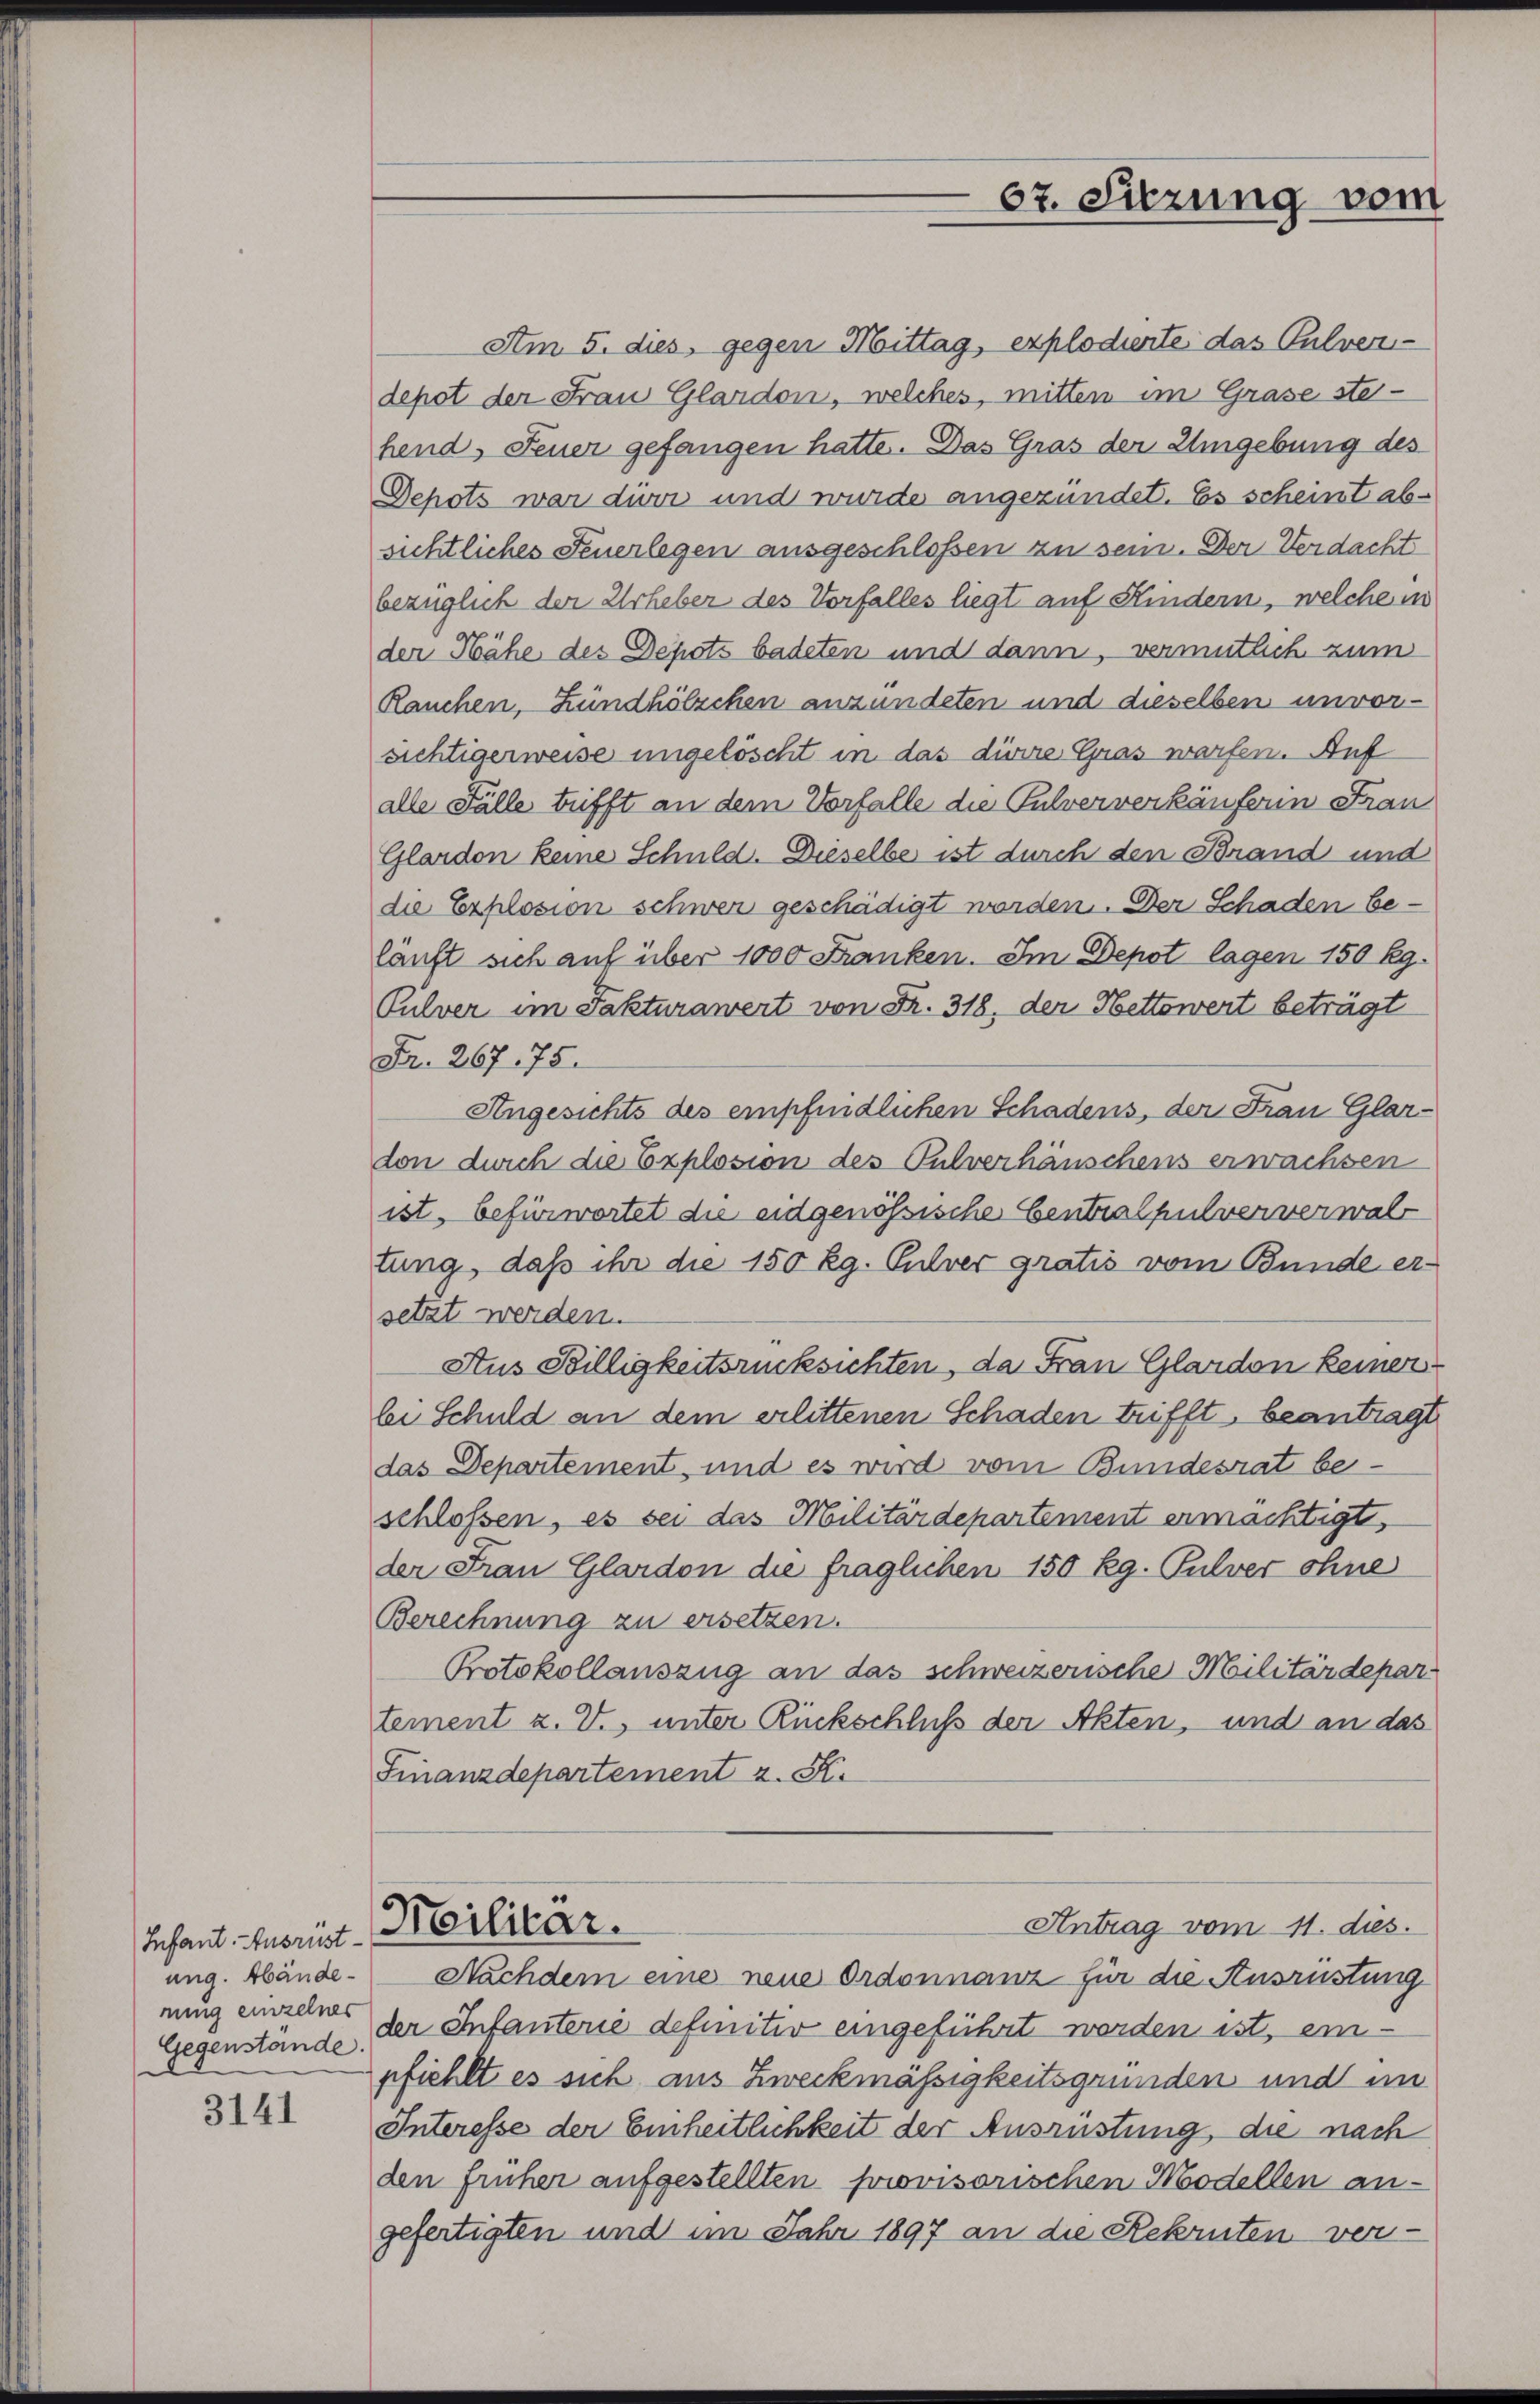
Infant. Ausrüstung. Abändenung einzelner
Gegenstände.

3141

Am 5. dies, gegen Mittag, explodiente das Pulver-
depot der Frau Glardon, welches, mitten im Grase stehend Feuer gefangen hatte. Das Gras der Umgebung des
Schots war dieri und wurde angezündet. Es scheint absichtliches Feuerlegen ausgeschlossen zu sein. Der Verdacht
bezüglich der Urheber des Vorfalles liegt auf Kindern, welche in
der Hähe des Depots badeten und dann, vermutlich zum
Rauchen, Zündhölzchen anzündeten und dieselben unvorsichtigerweise ungelöscht in das diese Gras warfen. Auf
alle Fälle trifft an dem Vorfalle die Pulververkäuferin Frau
Glarden keine Schuld. Dieselbe ist durch den Brand und
die Explosion schwer geschädigt worden. Der Schaden beläuft sich auf über 1000 Franken. Im Depot lagen 150 kg.
Pulver im Fakturawert von Fr. 318, der Hettowert beträgt
Fr. 267. 75.
Angesichts des empfindlichen Schadens, der Frau Glarusdon durch die Explosion des Pulverhäuschens erwachsen
ist, befürwortet die eidgenössische Centralpulververwalt
tung, daß ihr die 150 Rg. Pulver gratis vom Bunde ersetzt werden.
Aus Billigkeitsrücksichten, da Frau Glarden keiner
bei Schuld an dem erlittenen Schaden trifft, beantragt
das Departement, und es wird vom Bundesrat be-
schlossen, es sei das Militärdepartement ermächtigt,
der Frau Glardon die fraglichen 150 Rg. Pulver ohne
Berechnung zu ersetzen.
Protokollauszug an das schweizerische Militärdepartement z. V., unter Rückschluß der Akten, und an das
Finanzdepartement z. S.
Heilicar.
Antrag vom 11. dies
Nachdem eine neue Ordonnanz für die Ausrüstung
der Infanterie definitiv eingeführt werden ist, ein-
pfiehlt es sich aus Zweckmässigkeitsgründen und im
Interesse der Einheitlichkeit der Ausrüstung die nach
den früher aufgestellten provisorischen Modellen angefertigten und im Jahr 1897 an die Rekruten ver¬

67. Sitzung vom